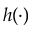
h ( \cdot )